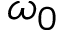
\omega _ { 0 }